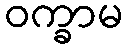
ဝက္ခာမ